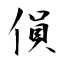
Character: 傊